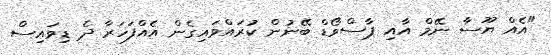
"އެއް ޔޫސާ ނޭމް އާއި ޕާސްވޯޑް ބޭނުން ކުރައްވައިގެން އެއްފަހަރާ ދެ ޑިވައިސް